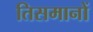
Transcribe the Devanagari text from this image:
तिसमानों